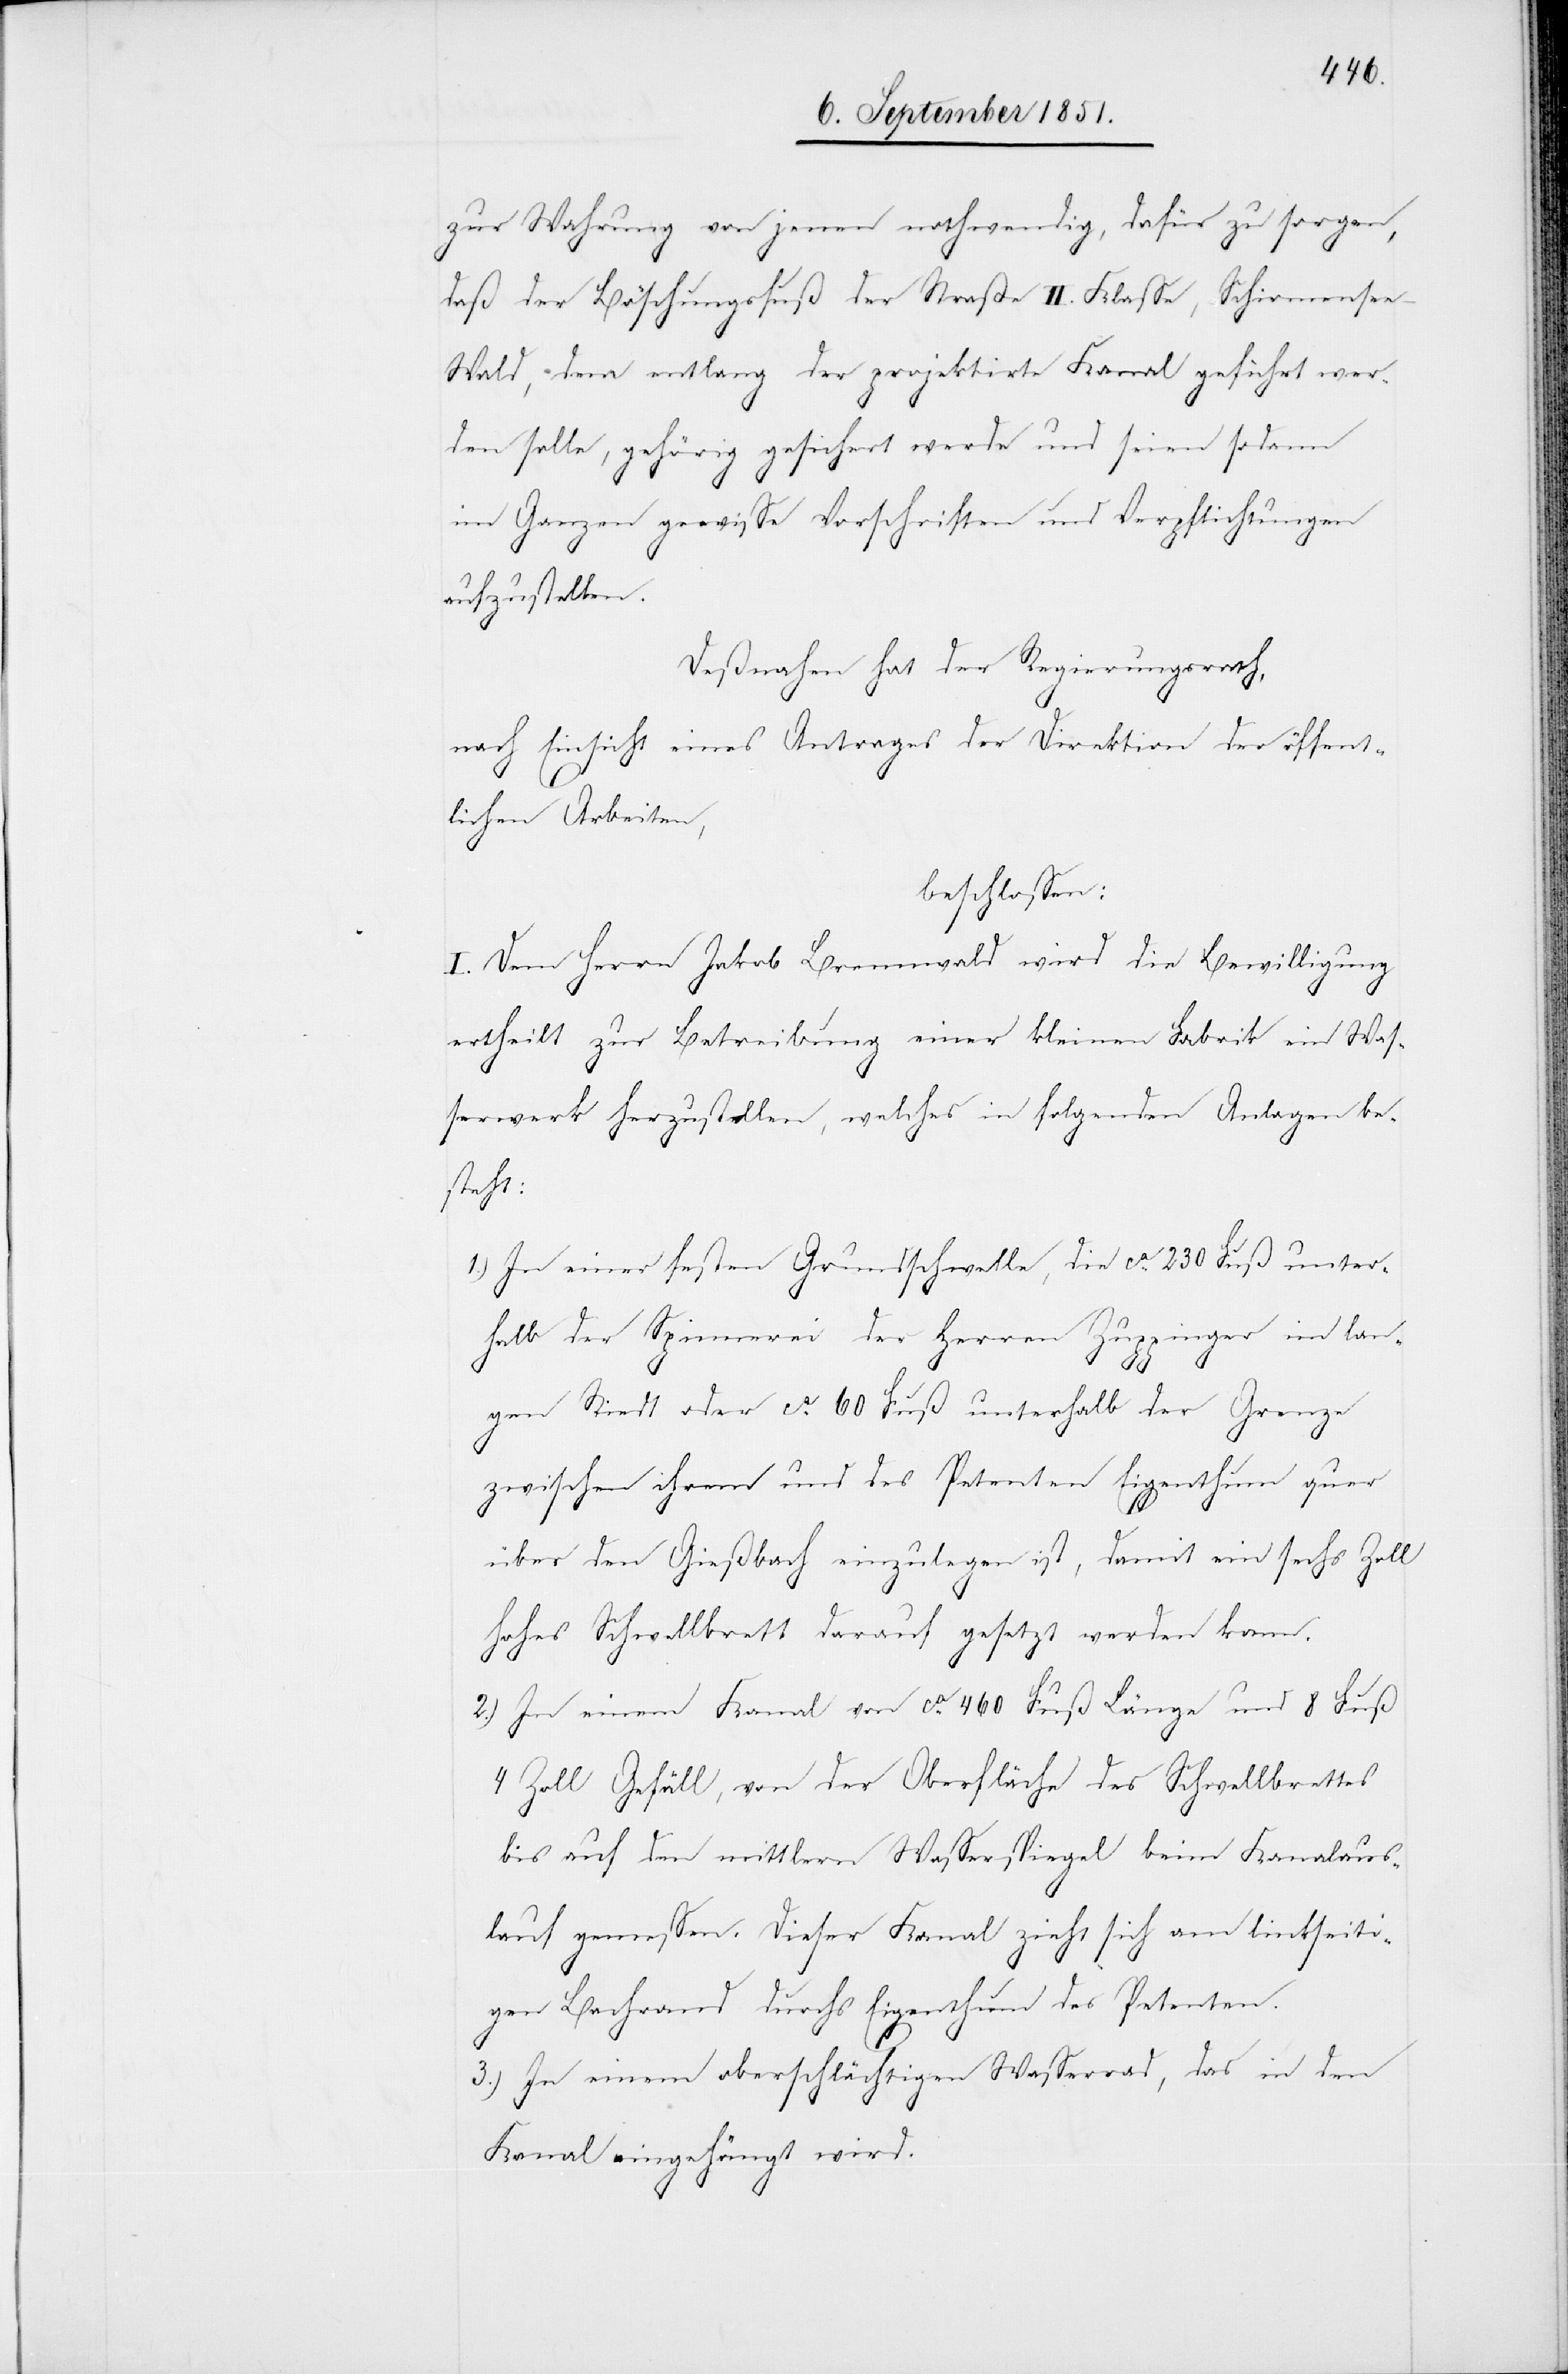
zur Wahrung von jenen nothwendig, dafür zu sorgen,
daß der Böschungsfuß der Straße II. Klasse, Schirmense¬
e–Wald, dem entlang der projektirte Kanal geführt wer¬
den solle, gehörig gesichert werde und seien sodann
im Ganzen gewisse Vorschriften und Verpflichtungen
aufzustellen.
Deßnahen hat der Regierungsrath,
nach Einsicht eines Antrages der Direktion der öffent¬
lichen Arbeiten,
beschlossen:
I. Dem Herrn Jakob Brennwald wird die Bewilligung
ertheilt zur Betreibung einer kleinen Fabrik ein Was¬
serwerk herzustellen, welches in folgenden Anlagen be¬
steht:
In einer festen Grundschwelle, die ca. 230 Fuß unter¬
halb der Spinnerei der Herren Zuppinger im lan¬
gen Riedt oder ca. 60 Fuß unterhalb der Grenze
zwischen ihrem und des Petenten Eigenthum quer
über den Gießbach einzulegen ist, damit ein sechs Zoll
hohes Schwellbrett darauf gesetzt werden kann.
In einem Kanal von ca. 460 Fuß Länge und 8 Fuß
4 Zoll Gefäll, von der Oberfläche des Schwellbrettes
bis auf den mittlern Wasserspiegel beim Kanalaus¬
lauf gemessen. Dieser Kanal zieht sich am linkseiti¬
gen Bachrand durchs Eigenthum des Petenten.
In einem oberschlächtigen Wasserrad, das in den
Kanal eingehängt wird.